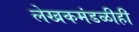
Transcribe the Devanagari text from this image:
लेखकमंडळीही